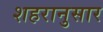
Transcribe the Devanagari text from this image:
शहरानुसार